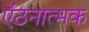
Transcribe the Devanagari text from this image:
ऐंठनात्मक